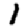
Digit: 1